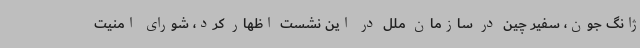
ژانگ جون، سفیر چین در سازمان ملل در این نشست اظهار کرد، شورای امنیت